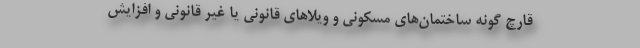
قارچ گونه ساختمان‌های مسکونی و ویلا‌های قانونی یا غیر قانونی و افزایش